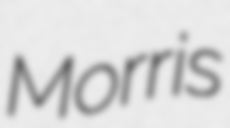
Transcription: Morris